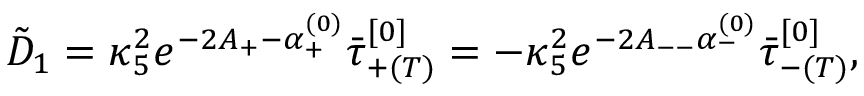
\tilde { D } _ { 1 } = \kappa _ { 5 } ^ { 2 } e ^ { - 2 A _ { + } - \alpha _ { + } ^ { ( 0 ) } } \bar { \tau } _ { + ( T ) } ^ { [ 0 ] } = - \kappa _ { 5 } ^ { 2 } e ^ { - 2 A _ { -- } \alpha _ { - } ^ { ( 0 ) } } \bar { \tau } _ { - ( T ) } ^ { [ 0 ] } ,